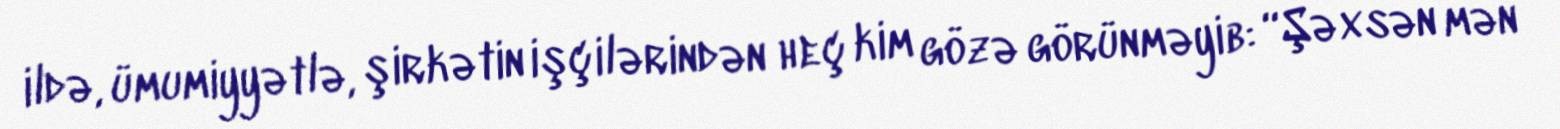
ildə, ümumiyyətlə, şirkətin işçilərindən heç kim gözə görünməyib: “Şəxsən mən